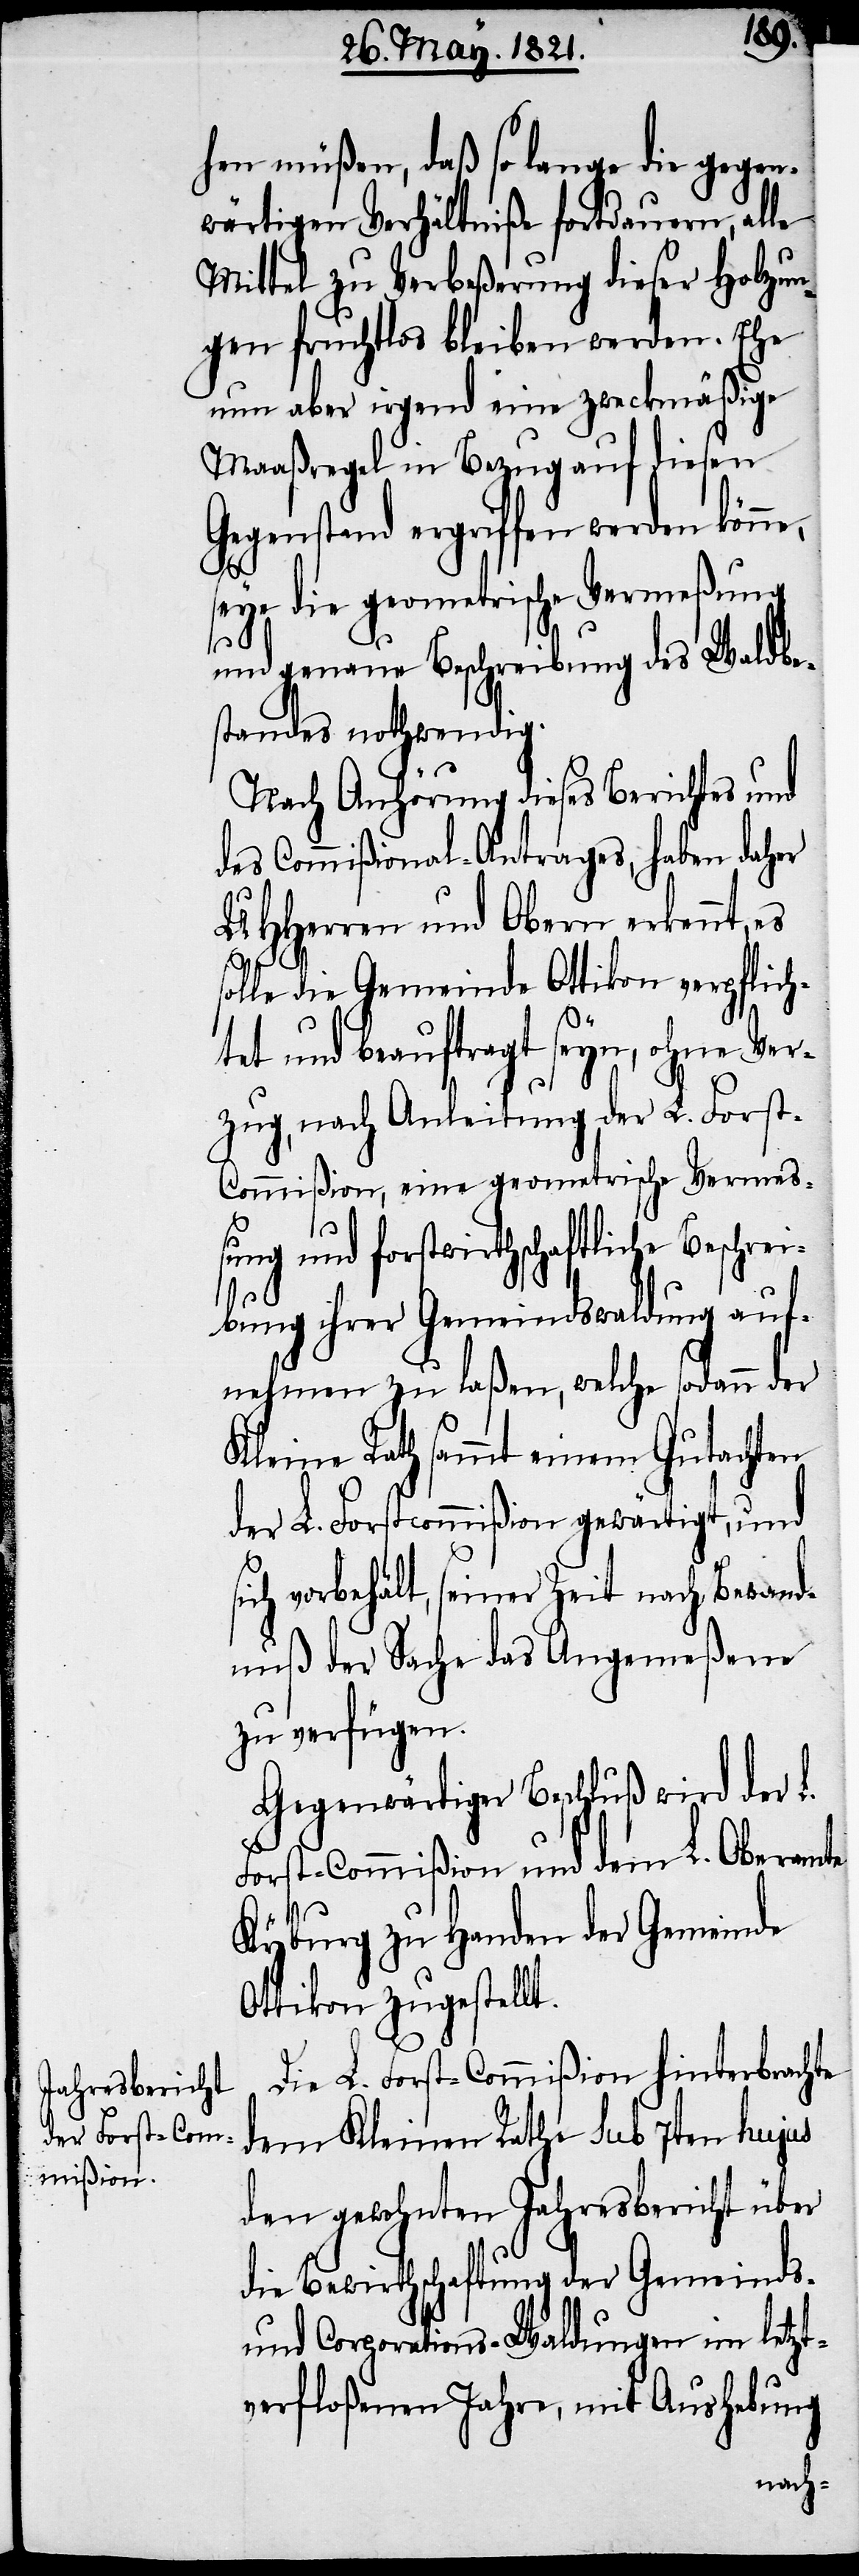
hen müßen, daß so lange die gegen¬
wärtigen Verhältniße fortdauern, alle
Mittel zu Verbeßerung dieser Holzun¬
gen fruchtlos bleiben werden. Ehe
nun aber irgend eine zweckmäßige
Maaßregel in Bezug auf diesen
Gegenstand ergriffen werden könne,
seye die geometrische Vermeßung
und genaue Beschreibung des Waldbe¬
standes nothwendig.
Nach Anhörung dieses Berichtes und
des Commißional-Antrages, haben daher
UHHerren und Obern erkennt, es
solle die Gemeinde Ottikon verpflich¬
si¬
tet und beauftragt seyn, ohne Ver¬
zug, nach Anleitung der L. Fors¬
t-Commißion, eine geometrische Vermeß¬
ung und forstwirthschaftliche Beschrei¬
bung ihrer Gemeindswaldung auf¬
nehmen zu laßen, welche sodann der
Kleine Rath sammt einem Gutachten
der L. Forstcommißion gewärtigt, und
ch vorbehält, seiner Zeit nach Bewand¬
nuß der Sache das Angemeßene
zu verfügen.
Gegenwärtiger Beschluß wird der L.
Forst-Commißion und dem L. Oberamte
Kyburg zu Handen der Gemeinde
Ottikon zugestellt.
Die L. Forst-Commißion hinterbrachte
dem Kleinen Rathe sub 7ten hujus
den gewohnten Jahresbericht über
die Bewirthschaftung der Gemeinds-
und Corporations-Waldungen im letzt¬
verfloßenen Jahre, mit Aushebung